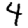
Digit: 4